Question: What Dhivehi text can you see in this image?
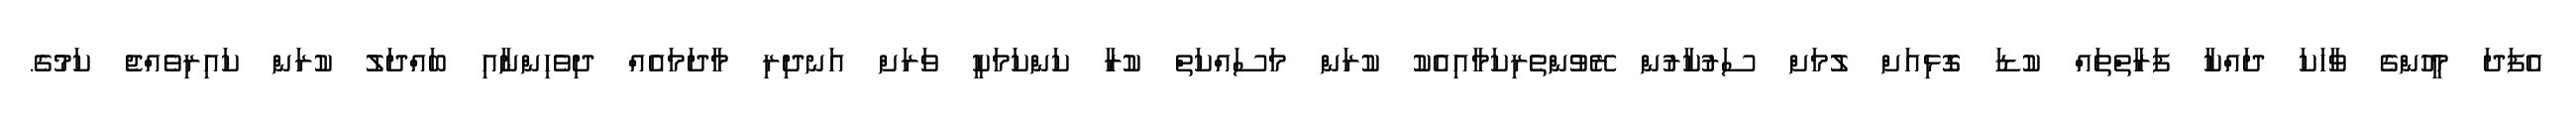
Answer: އެފަދަ މީހުންގެ ވާހަކަ ދައްކާ ފަރާތްތައް ކުޑަ ގޮޅިއަށް ލުމަށް ސަރުކާރުން ރޭވުންތެރިކަމާއިއެކު ކުރަން މަސައްކަތް ކުރާ ކަންކަމަކީ ވަރަށް އަނދިރި މާދަމައެއް ދިވެހިންނާއި ބައްދަލު ކުރަން ކައިރިވެއްޖެ ކަމުގެ.